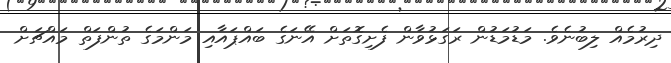
ދިރުމެއް ލިބުނެވެ. މަޑުމަޑުން ރަގަޅުވާން ފެށިގޮތަށް އޭނަގެ ބައްޕައާއި މަންމަގެ ތުންފަތް މައްޗަށް